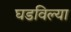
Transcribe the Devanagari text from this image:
घडविल्या